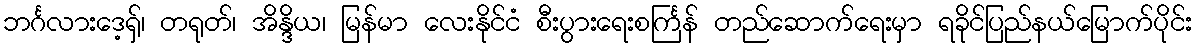
ဘင်္ဂလားဒေ့ရှ်၊ တရုတ်၊ အိန္ဒိယ၊ မြန်မာ လေးနိုင်ငံ စီးပွားရေးစင်္ကြန် တည်ဆောက်ရေးမှာ ရခိုင်ပြည်နယ်မြောက်ပိုင်း